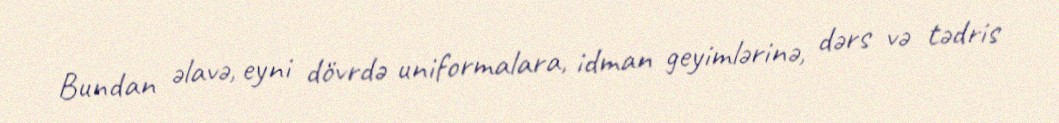
Bundan əlavə, eyni dövrdə uniformalara, idman geyimlərinə, dərs və tədris